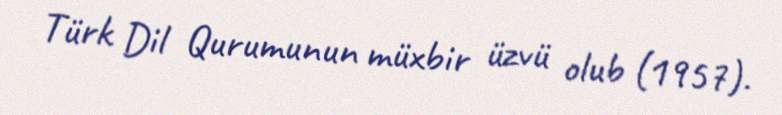
Türk Dil Qurumunun müxbir üzvü olub (1957).